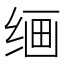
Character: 𰬠